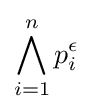
\bigwedge _{i=1}^{n}p_{i}^{\epsilon }